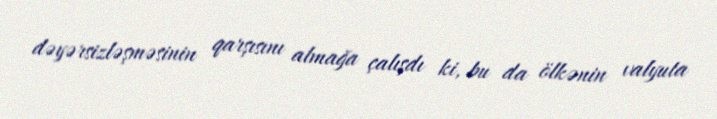
dəyərsizləşməsinin qarşısını almağa çalışdı ki, bu da ölkənin valyuta